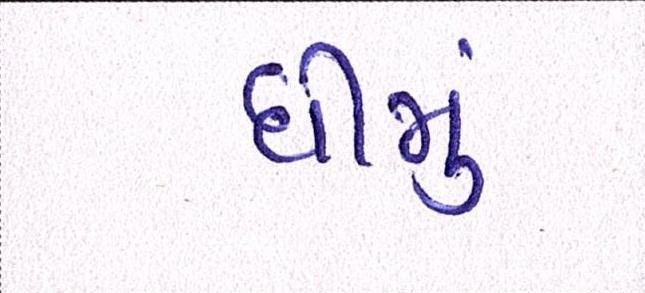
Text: ધીમુ